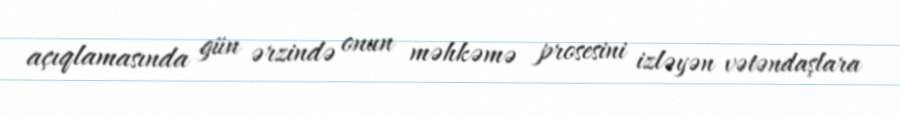
açıqlamasında gün ərzində onun məhkəmə prosesini izləyən vətəndaşlara